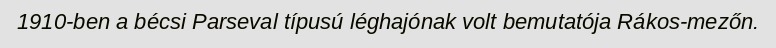
1910-ben a bécsi Parseval típusú léghajónak volt bemutatója Rákos-mezőn.